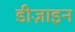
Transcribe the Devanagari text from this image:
डीज़ाइन